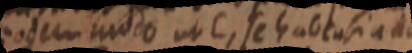
eodem unddo ut C, se haben si add